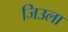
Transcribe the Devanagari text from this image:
जिउला